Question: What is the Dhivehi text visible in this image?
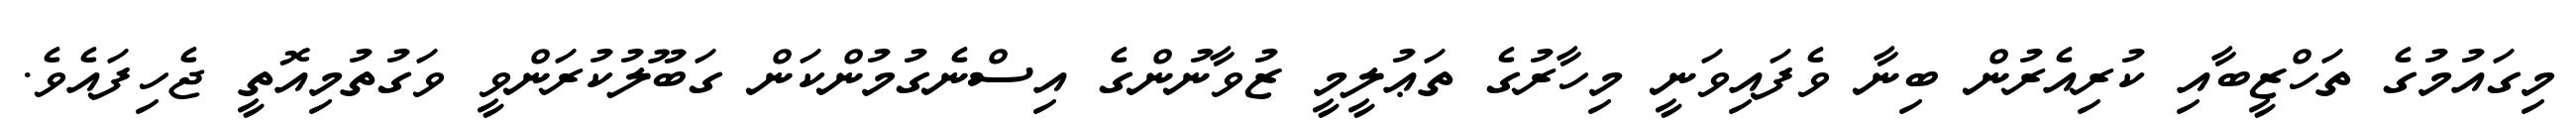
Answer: މިގައުމުގެ ތަހްޒީބާއި ކުރިއެރުން ބިނާ ވެފައިވަނީ މިހާރުގެ ތަޢުލީމީ ޒުވާނުންގެ އިސްނެގުމުންކަން ގަބޫލުކުރަންވީ ވަގުތުމިއޮތީ ޖެހިފައެވެ.